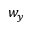
w _ { y }